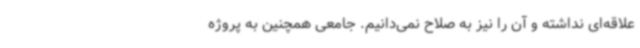
علاقه‌ای نداشته و آن را نیز به صلاح نمی‌دانیم. جامعی همچنین به پروژه